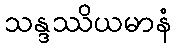
သန္ဒဿိယမာနံ